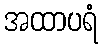
အထာပရံ